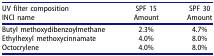
<table><thead><tr><td><b>UV filter composition</b></td><td><b>SPF 15</b></td><td><b>SPF 30</b></td></tr><tr><td><b>INCI name</b></td><td><b>Amount</b></td><td><b>Amount</b></td></tr></thead><tbody><tr><td>Butyl methoxydibenzoylmethane</td><td>2.3%</td><td>4.7%</td></tr><tr><td>Ethylhexyl methoxycinnamate</td><td>4.0%</td><td>8.0%</td></tr><tr><td>Octocrylene</td><td>4.0%</td><td>8.0%</td></tr></tbody></table>